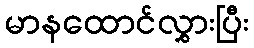
မာနထောင်လွှားပြီး